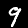
Label: 9